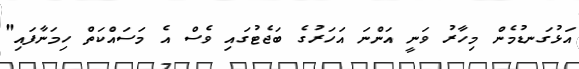
އަޅުގަނޑުމެން މިހާރު ވަނީ އަންނަ އަހަރުގެ ބަޖެޓުގައި ވެސް އެ މަސައްކަތް ހިމަނާފައި"